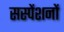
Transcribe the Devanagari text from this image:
सस्पेंशनों